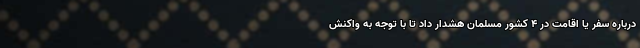
درباره سفر یا اقامت در 4 کشور مسلمان هشدار داد تا با توجه به واکنش